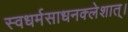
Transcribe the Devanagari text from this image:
स्वधर्मसाधनक्लेशात्‌।